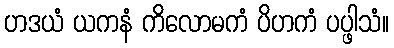
ဟဒယံ ယကနံ ကိလောမကံ ပိဟကံ ပပ္ဖါသံ။